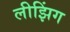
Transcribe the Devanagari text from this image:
लीझिंग